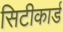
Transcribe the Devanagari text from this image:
सिटीकार्ड